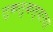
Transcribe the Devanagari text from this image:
लुकलुकल्याचा